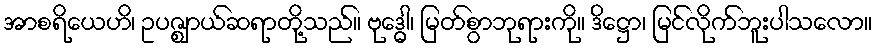
အာစရိယေဟိ၊ ဥပဇ္ဈာယ်ဆရာတို့သည်။ ဗုဒ္ဓေါ၊ မြတ်စွာဘုရားကို။ ဒိဋ္ဌော၊ မြင်လိုက်ဘူးပါသလော။